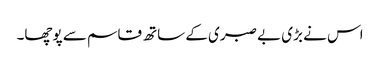
اس نے بڑی بے صبری کے ساتھ قاسم سے پوچھا۔